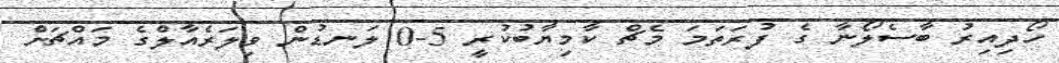
ހޯދިއިރު ބާސެލޯނާ ގެ ފުރަތަމަ މެޗް ކާމިޔާބުކުރީ 5-0 ލަނޑުން ވިލަރެއާލްގެ މައްޗަށް